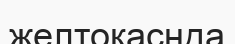
желтоқаснда